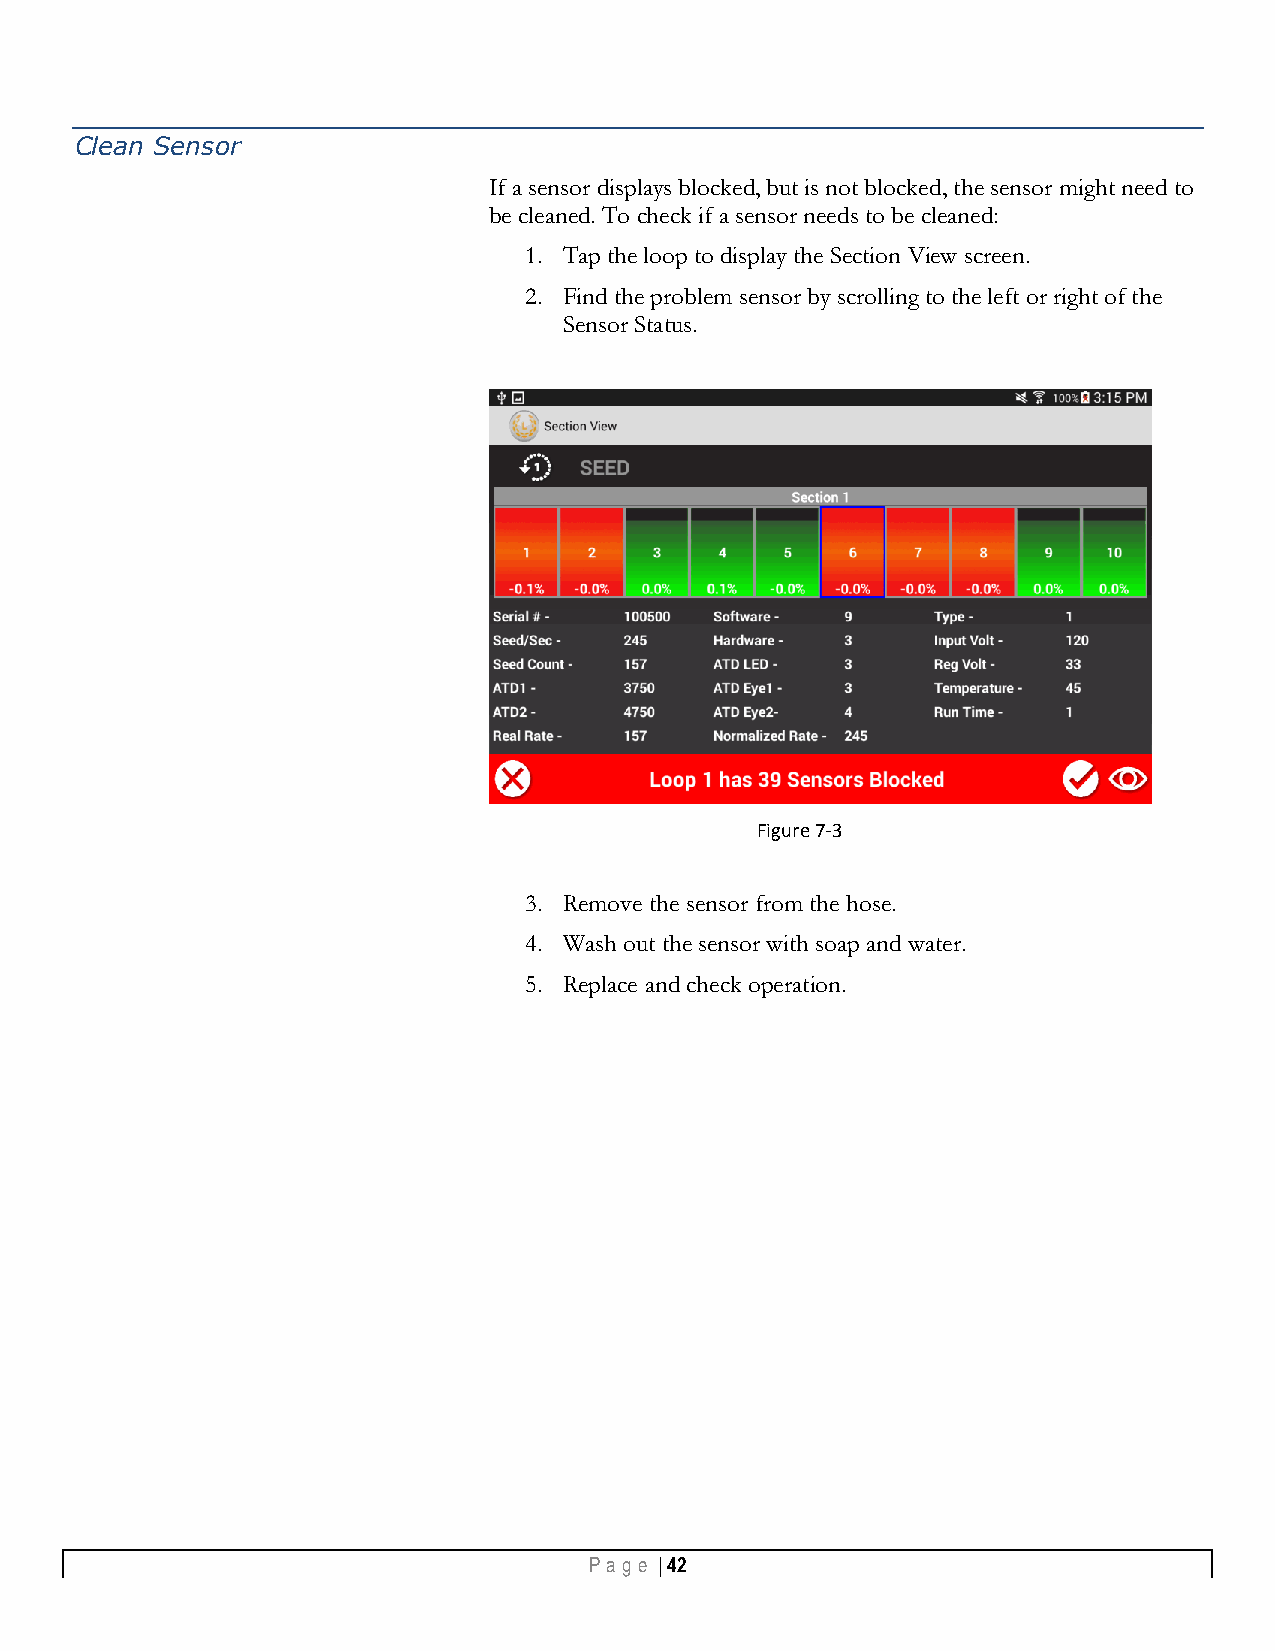
Clean Sensor
 If a sensor displays blocked, but is not blocked, the sensor might need to
 be cleaned. To check if a sensor needs to be cleaned:
 1. Tap the loop to display the Section View screen.
 2. Find the problem sensor by scrolling to the left or right of the
 Sensor Status.
 Figure 7-3
 3. Remove the sensor from the hose.
 4. Wash out the sensor with soap and water.
 5. Replace and check operation.
 Pa g e | 42